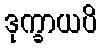
ဒုက္ခာယပိ